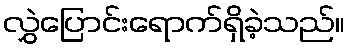
လွှဲပြောင်းရောက်ရှိခဲ့သည်။